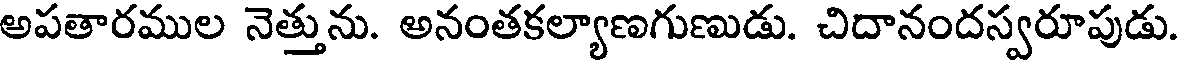
అపతారముల నెత్తును. అనంతకల్యాణగుణుడు. చిదానందస్వరూపుడు.